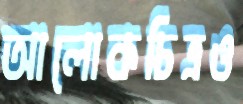
আলোকচিত্রও